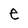
Character: e